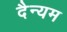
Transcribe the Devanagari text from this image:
दैन्यम